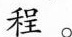
程。